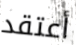
أعتقد